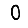
Digit: 0